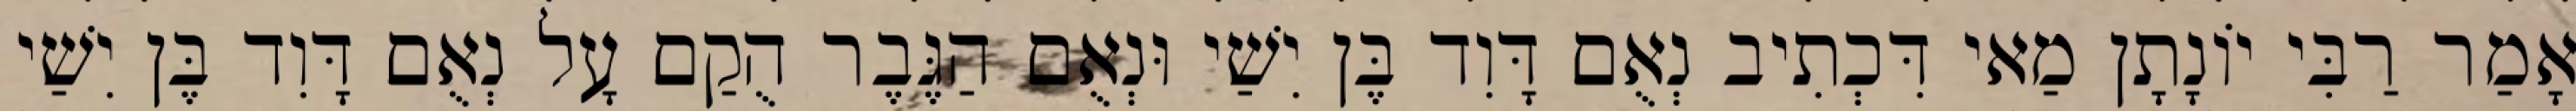
אָמַר רַבִּי יוֹנָתָן מַאי דִּכְתִיב נְאֻם דָּוִד בֶּן יִשַׁי וּנְאֻם הַגֶּבֶר הֻקַם עָל נְאֻם דָּוִד בֶּן יִשַׁי